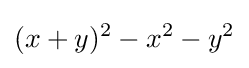
(x+y)^{2}-x^{2}-y^{2}